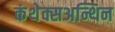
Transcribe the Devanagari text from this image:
कंथेक्सअन्थिन